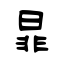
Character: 暃